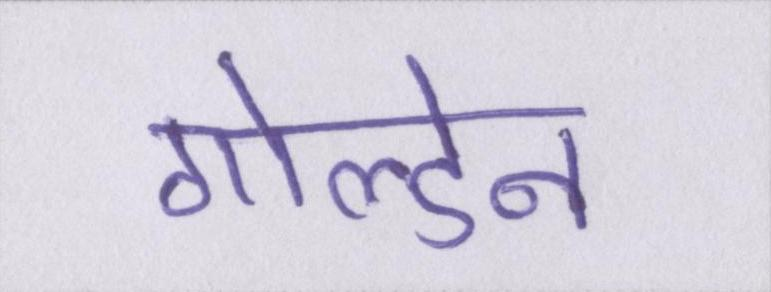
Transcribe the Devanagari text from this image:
गोल्डेन